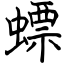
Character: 螵